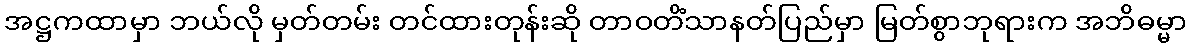
အဋ္ဌကထာမှာ ဘယ်လို မှတ်တမ်း တင်ထားတုန်းဆို တာဝတိံသာနတ်ပြည်မှာ မြတ်စွာဘုရားက အဘိဓမ္မာ